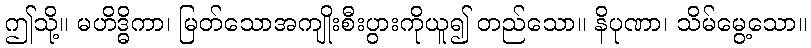
ဤသို့။ မဟိဒ္ဓိကာ၊ မြတ်သောအကျိုးစီးပွားကိုယူ၍ တည်သော။ နိပုဏာ၊ သိမ်မွေ့သော။